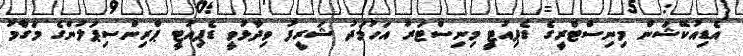
އެޑިއުކޭޝަން މިނިސްޓްރީގެ ޑެޕިއުޓީ މިނިސްޓަރު އަހުމަދު ޝަރީފު ވިދާޅުވީ ޑެޕިއުޓީ ޕްރިންސިޕަލުންގެ މަގާމު